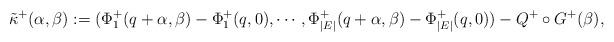
LaTeX: \begin{align*}\tilde{\kappa}^+(\alpha, \beta) := (\Phi^+_1(q+\alpha,\beta) - \Phi^+_1(q,0), \cdots, \Phi^+_{|E|}(q+\alpha,\beta) -\Phi^+_{|E|}(q,0)) - Q^+\circ G^+(\beta), \end{align*}